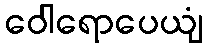
ဝေါရောပေယျံ